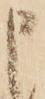
申